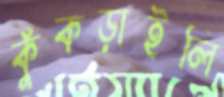
কুঁকড়াইলি